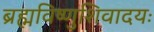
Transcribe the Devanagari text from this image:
ब्रह्मविष्णुशिवादयः